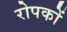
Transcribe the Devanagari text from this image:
रोपकों